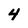
Character: 4